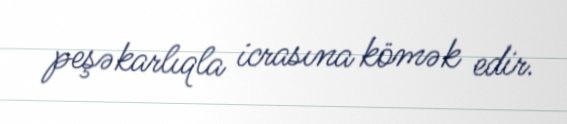
peşəkarlıqla icrasına kömək edir.